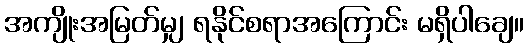
အကျိုးအမြတ်မျှ ရနိုင်စရာအကြောင်း မရှိပါချေ။